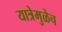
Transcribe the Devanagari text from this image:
यात्रेमुळेच